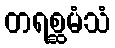
တရစ္ဆမံသံ